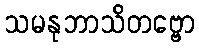
သမနုဘာသိတဗ္ဗော